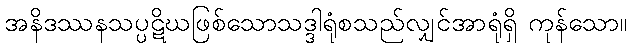
အနိဒဿနသပ္ပဋိဃဖြစ်သောသဒ္ဒါရုံစသည်လျှင်အာရုံရှိ ကုန်သော။